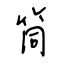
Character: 筒